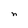
Character: n